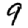
Digit: 9